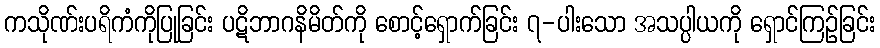
ကသိုဏ်းပရိကံကိုပြုခြင်း ပဋိဘာဂနိမိတ်ကို စောင့်ရှောက်ခြင်း ၇-ပါးသော အသပ္ပါယကို ရှောင်ကြဉ်ခြင်း